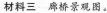
材料三 桥景观图。